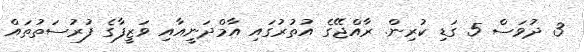
3 ދުވަސް 5 ގަޑި ކުރިން. ރާއްޖޭގެ އުތުރުގައި އާމްދަނީއާއި ވަޒީފާގެ ފުރުސަތުތައް